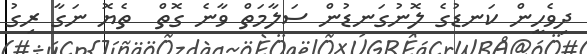
ދިވެހީން ކަނޑުގެ ލޮނުގަނޑުން ސަލާމަތް ވާނެ ގޮތް  ތެޔޮ ނަގާ ރިގު